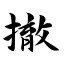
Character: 撤